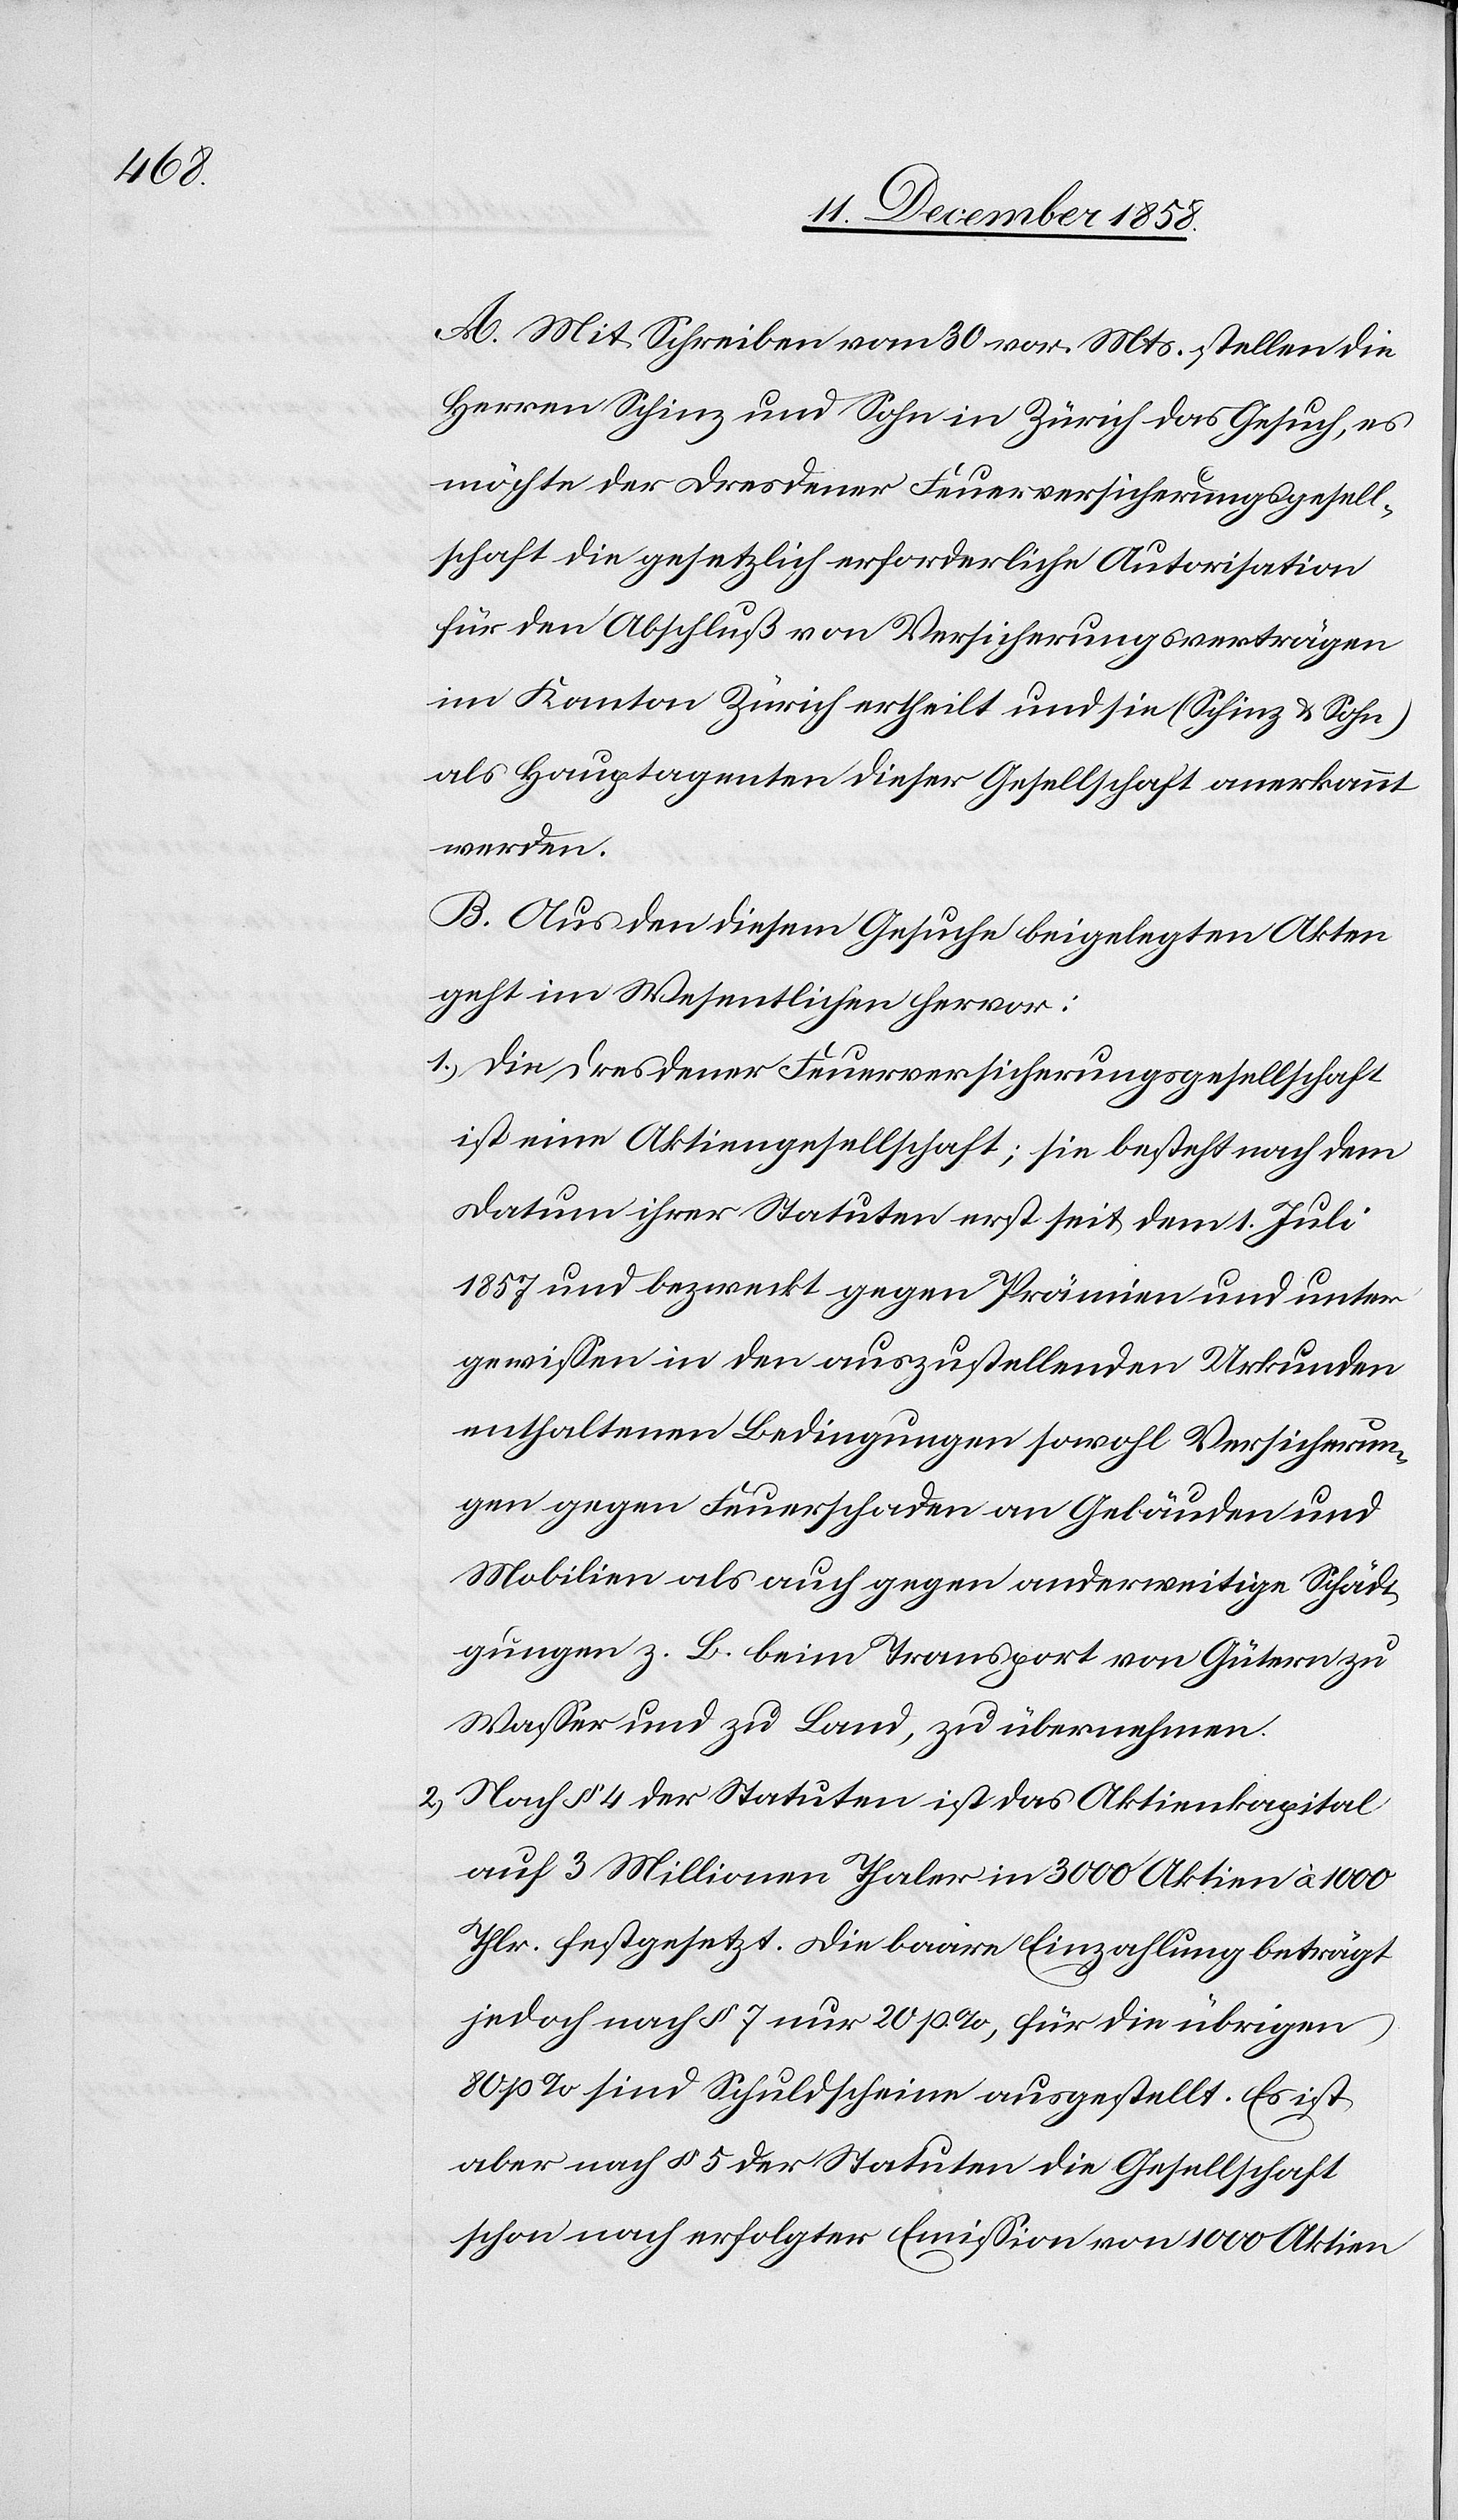
A. Mit Schreiben vom 30 vor. Mts. stellen die
Herren Schinz und Sohn in Zürich das Gesuch, es
möchte der Dresdener Feuerversicherungsgesell¬
schaft die gesetzlich erforderliche Autorisation
für den Abschluß von Versicherungsverträgen
im Kanton Zürich ertheilt und sie (Schinz & Sohn)
als Hauptagenten dieser Gesellschaft anerkannt
werden.
B. Aus den diesem Gesuche beigelegten Akten
geht im Wesentlichen hervor:
Die Dresdener Feuerversicherungsgesellschaft
ist eine Aktiengesellschaft; sie besteht nach dem
Datum ihrer Statuten erst seit dem 1. Juli
1857 und bezweckt gegen Prämien und unter
gewissen in den auszustellenden Urkunden
enthaltenen Bedingungen sowohl Versicherun¬
gen gegen Feuerschaden an Gebäuden und
Mobilien als auch gegen anderweitige Schädi¬
gungen z. B. beim Transport von Gütern zu
Wasser und zu Land, zu übernehmen.
Nach § 4 der Statuten ist das Aktienkapital
auf 3 Millionen Thaler in 3000 Aktien à 1000
Thlr. festgesetzt. Die baare Einzahlung beträgt
jedoch nach § 7 nur 20 p. %, für die übrigen
80 p % sind Schuldscheine ausgestellt. Es ist
aber nach § 5 der Statuten die Gesellschaft
schon nach erfolgter Emission von 1000 Aktien